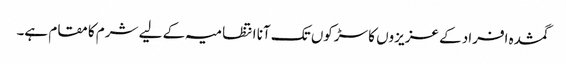
گمشدہ افراد کے عزیزوں کا سڑکوں تک آنا انتظامیہ کے لیے شرم کا مقام ہے۔